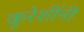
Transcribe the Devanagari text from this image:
कुरेशींनी